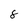
Character: 8